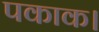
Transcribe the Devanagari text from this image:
पकाक।